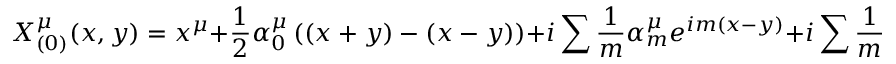
X _ { ( 0 ) } ^ { \mu } ( x , y ) = x ^ { \mu } + \frac { 1 } { 2 } \alpha _ { 0 } ^ { \mu } \left( ( x + y ) - ( x - y ) \right) + i \sum \frac { 1 } { m } \alpha _ { m } ^ { \mu } e ^ { i m ( x - y ) } + i \sum \frac { 1 } { m } \alpha _ { m } ^ { \mu } e ^ { - i m ( x + y ) }